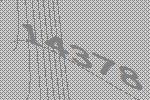
14378